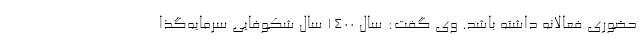
حضوری فعالانه داشته باشد. وی گفت: سال 1400 سال شکوفایی سرمایه‌گذا